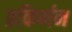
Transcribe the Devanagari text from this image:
प्रकिर्णन